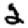
Digit: 2